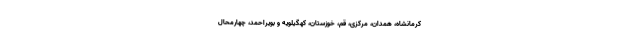
کرمانشاه، همدان، مرکزی، قم، خوزستان، کهگیلویه و بویراحمد، چهارمحال